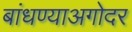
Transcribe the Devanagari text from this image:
बांधण्याअगोदर